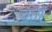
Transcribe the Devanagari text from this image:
चता